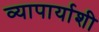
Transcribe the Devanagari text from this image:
व्यापार्याशी